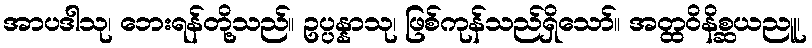
အာပဒါသု၊ ဘေးရန်တို့သည်။ ဥပ္ပန္နာသု၊ ဖြစ်ကုန်သည်ရှိသော်။ အတ္ထဝိနိစ္ဆယညူ၊